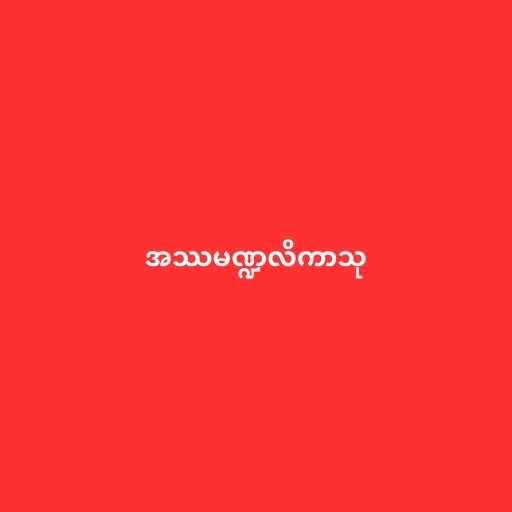
အဿမဏ္ဍလိကာသု